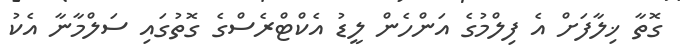
ގޮތާ ޚިލާފަށް އެ ފިލްމުގެ އަންހެން ލީޑު އެކްޓްރެސްގެ ގޮތުގައި ސަލްމާނާ އެކު